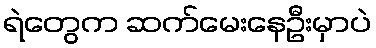
ရဲတွေက ဆက်မေးနေဦးမှာပဲ